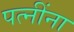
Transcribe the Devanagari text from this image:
पत्‍नींना